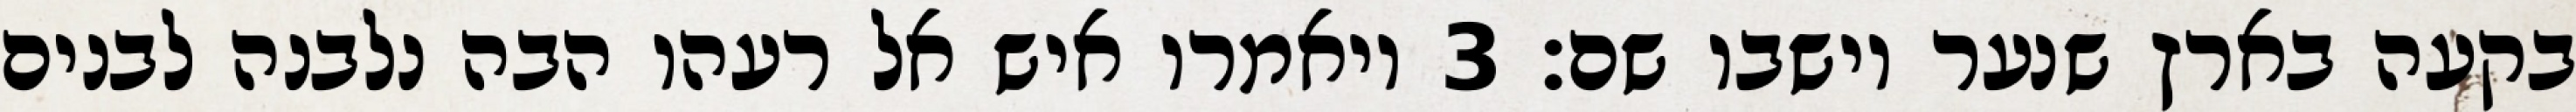
בקעה בארץ שנער וישבו שם׃ ‎3‏ ויאמרו איש אל רעהו הבה נלבנה לבנים